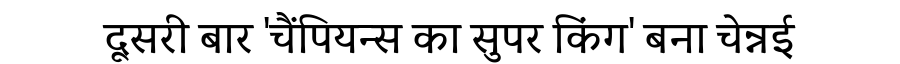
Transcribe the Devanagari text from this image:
दूसरी बार 'चैंपियन्स का सुपर किंग' बना चेन्नई